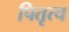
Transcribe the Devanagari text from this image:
पितृत्च